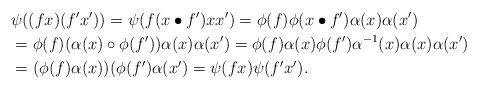
\begin{align*}&\psi((fx)(f'x'))=\psi(f(x\bullet f')xx')=\phi(f)\phi(x\bullet f')\alpha(x)\alpha(x')\\&=\phi(f)(\alpha(x)\circ\phi(f'))\alpha(x)\alpha(x')=\phi(f)\alpha(x)\phi(f')\alpha^{-1}(x)\alpha(x)\alpha(x')\\&=(\phi(f)\alpha(x))(\phi(f')\alpha(x')=\psi(fx)\psi(f'x').\end{align*}